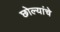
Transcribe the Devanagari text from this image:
छोल्यांचे